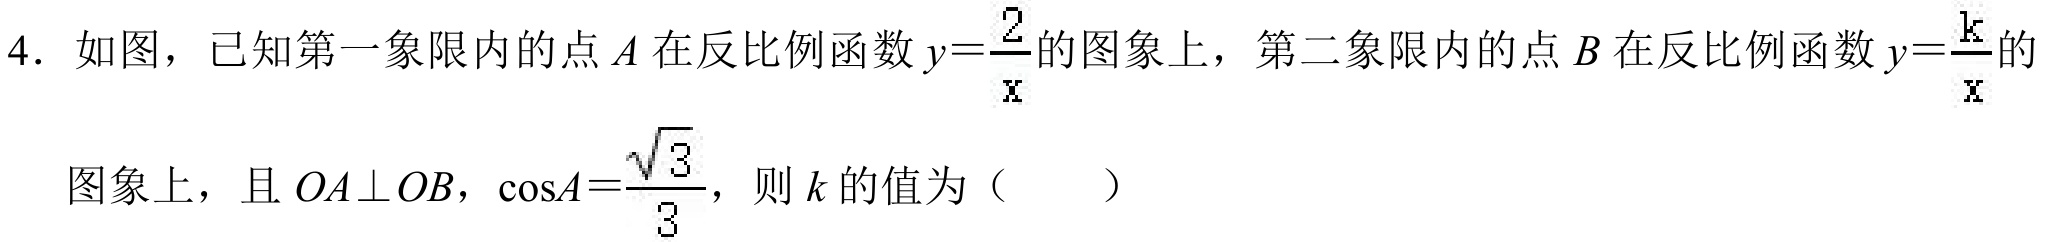
4. 如图，已知第一象限内的点\(A\)在反比例函数\(y = \frac{2}{x}\)的图象上，第二象限内的点\(B\)在反比例函数\(y = \frac{k}{x}\)的图象上，且\(OA\perp OB\)，\(\cos A=\frac{\sqrt{3}}{3}\)，则\(k\)的值为（  ）